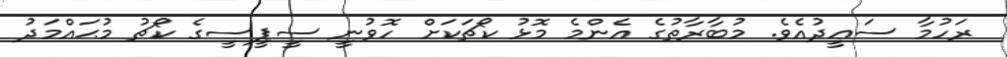
ރަހުމާ ސަޢީދުއެވެ. މުބާރާތުގެ އެންމެ މޮޅު ކޯޗަކަށް ހޮވުނީ ސީޕީސީގެ ކޯޗު މުޙައްމަދު